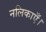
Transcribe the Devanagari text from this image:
नलिकाएँ।